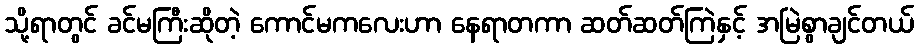
သို့ရာတွင် ခင်မကြီးဆိုတဲ့ ကောင်မကလေးဟာ နေရာတကာ ဆတ်ဆတ်ကြဲနှင့် အမြဲစွာချင်တယ်